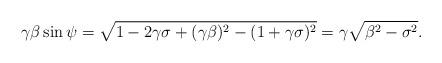
LaTeX: \begin{align*}\gamma\beta\sin{\psi}=\sqrt{1-2\gamma\sigma+(\gamma\beta)^2-(1+\gamma\sigma)^2} = \gamma\sqrt{\beta^2-\sigma^2}.\end{align*}